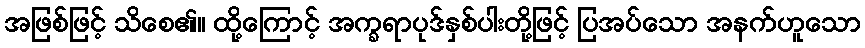
အဖြစ်ဖြင့် သိစေ၏။ ထို့ကြောင့် အက္ခရာပုဒ်နှစ်ပါးတို့ဖြင့် ပြအပ်သော အနက်ဟူသော